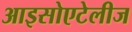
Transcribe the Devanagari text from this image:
आइसोएटेलीज